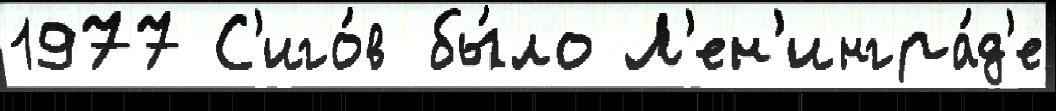
1977 С'иго́в бы́ло Л'ен'ингра́д'е